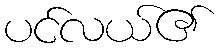
ပင်လယ်၏